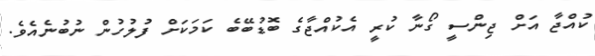
ކުއްޖާ އަށް ޖިންސީ ގޯނާ ކުރީ އެކުއްޖާގެ ބޮޑުބޭބެ ކަމަކަށް ފުލުހުން ނުބުނެއެވެ.